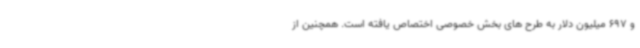
و 697 میلیون دلار به طرح های بخش خصوصی اختصاص یافته است. همچنین از